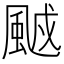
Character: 䬄